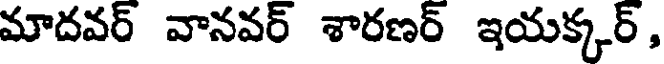
మాదవర్ వానవర్ శారణర్ ఇయక్కర్,